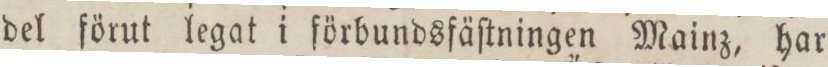
del förut legat i förbundsfäſtningen Mainz, har